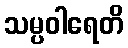
သမ္ပဝါရေတိ